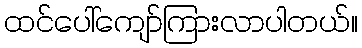
ထင်ပေါ်ကျော်ကြားလာပါတယ်။